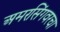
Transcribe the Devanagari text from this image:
अमरसिंगवरचा